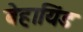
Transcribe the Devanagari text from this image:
बेहायिंड